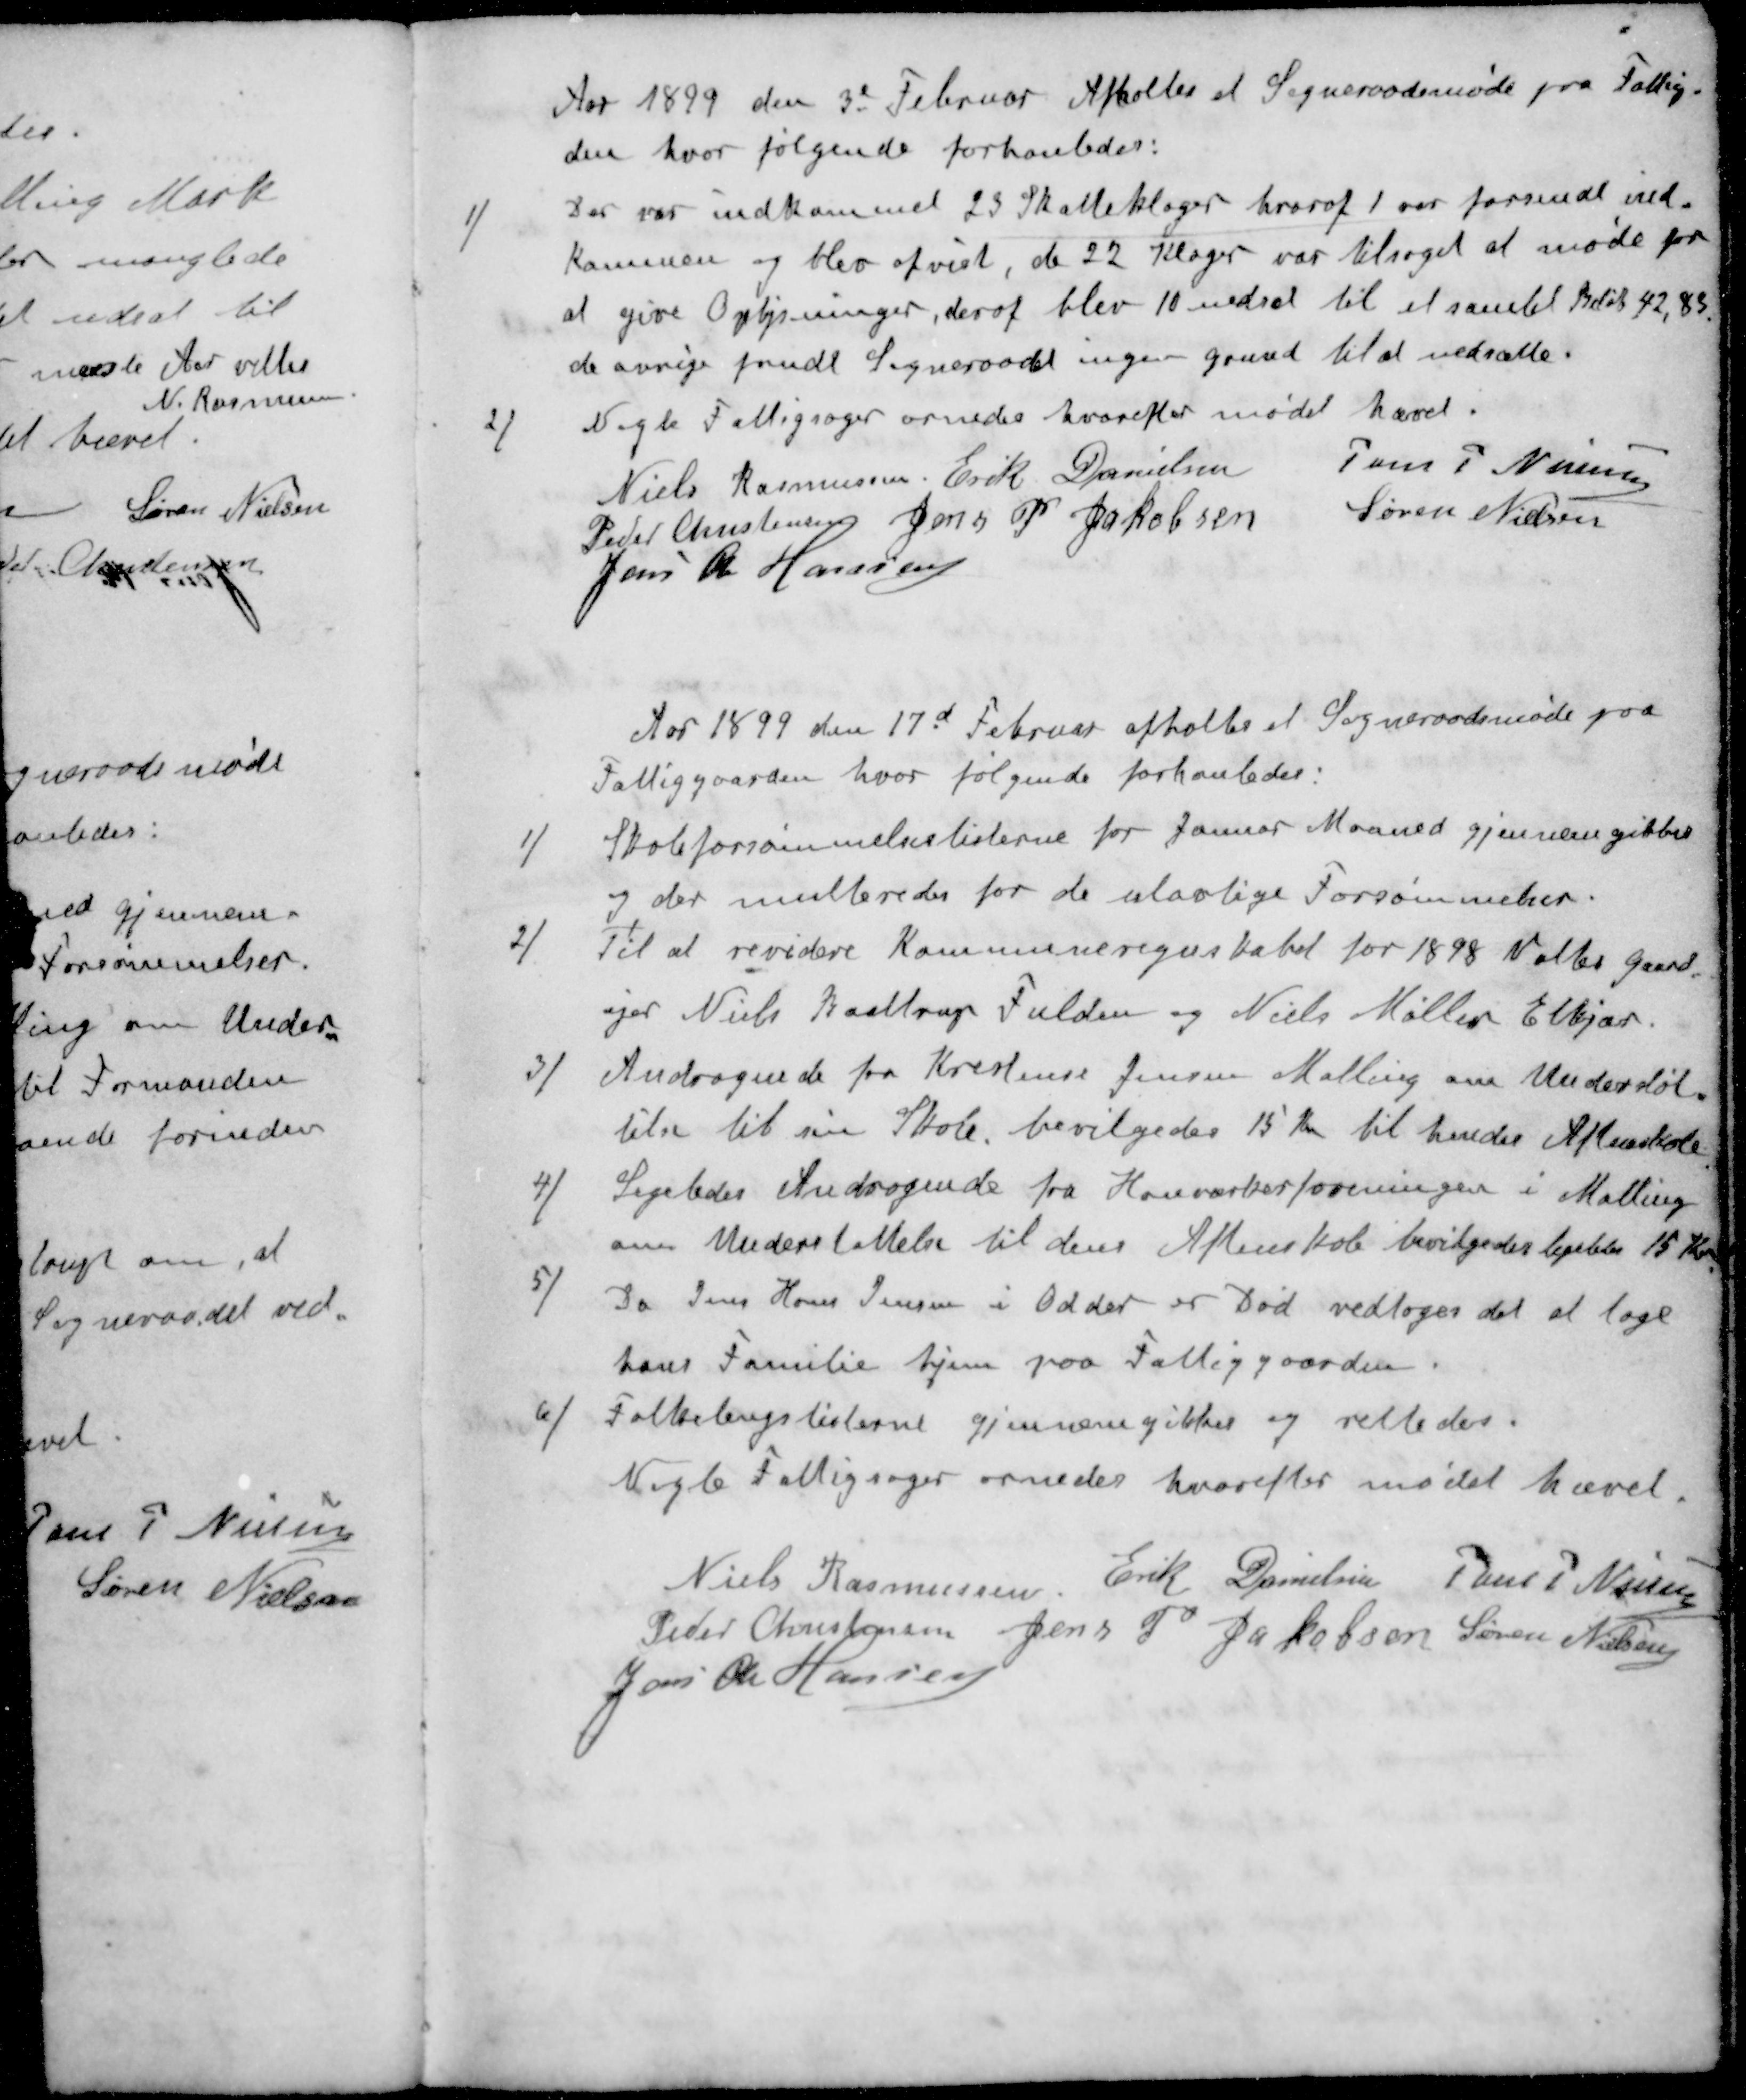
Transskription:
Aar 1899 den 3e Februar Afholtes et Sogneraadsmøde paa Fattig-
den hvor følgende forhanledes:
1 / Der var indkommet 23 Skatteklager hvoraf 1 var forsendt ind-
kommen og blev afvist, de 22 Klager var tilsaget at møde for
at give Oplysninger, deraf blev 10 nedsat til et samlet Beløb 42,85
de øvrige fandt Sogneraadet ingen grund til at nedsætte.
2 / Nogle Fattigsager ornedes hvorefter mødet hævet.
Niels Rasmussen
Erik Danielsen
Jens P Nielsen
Peder Christensens
Jens P Jakobsen
Søren Nielsen
Jens Chr Hansen
Aar 1899 den 17d Februar afholtes et Sogneraadsmøde paa
Fattiggaarden, hvor følgende forhanledes:
1 / Skoleforsømmelseslisterne for Januar Maaned gjennemgikkes
o der multeredes for de ulovlige Forsømmelser.
2 / Til at revidere Kommuneregnskabet for 1898 Valtes Gaard
ejer Niels Kaastrup Fulden og Niels Møller Elkjær.
3 / Andragende fra Kristine Jensen Malling om Understøt-
telse til sin Skole, bevilgedes 15 Kr til hendes Aftenskole
4 / Ligeledes Andragende fra Honværkerforeningen i Malling
om Understøttelse til dens Aftenskole bevilgedes ligeledes 15 Kr
5 / Da Jens Hans Jensen i Odder er Død vedtoges det at tage
hans Familie hjem paa Fattiggaarden
6 / Folketingslisterne gjennemgikkes og rettedes.
Nogle Fattigsager ornedes hvorefter mødet hævet.
Niels Rasmussen
Erik Danielsen
Jens P Nielsen
Peder Christensen
Jens P Jakobsen
Søren Nielsen
Jens Chr Hansen